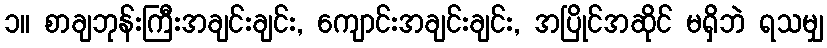
၁။ စာချဘုန်းကြီးအချင်းချင်း, ကျောင်းအချင်းချင်း, အပြိုင်အဆိုင် မရှိဘဲ ရသမျှ